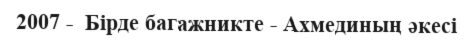
2007 -  Бірде багажникте - Ахмединың әкесі